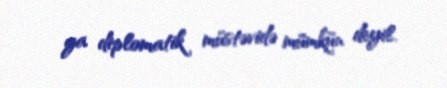
ya diplomatik müstəvidə mümkün deyil.